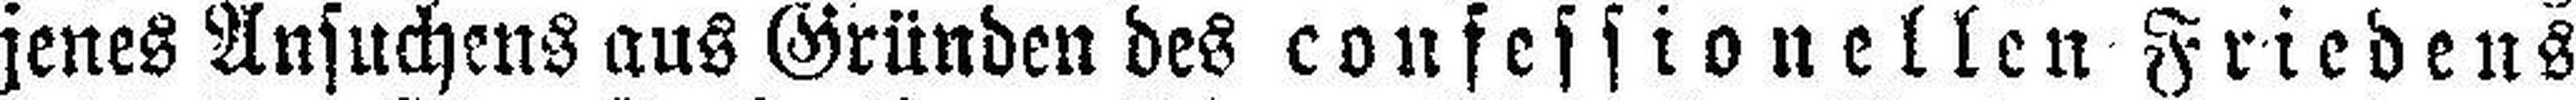
jenes Ansuchens aus Gründen des confessionellen Friedens